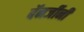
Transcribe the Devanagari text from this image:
बॅनर्जीनी